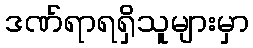
ဒဏ်ရာရရှိသူများမှာ